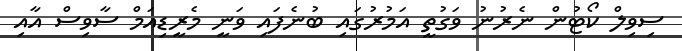
ސިވިލް ކޯޓުން ނެރުނު ވަގުތީ އަމުރުގައި ބުނެފައި ވަނީ މެރީޑިއަމް ސާވިސް އާއި